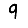
Digit: 9